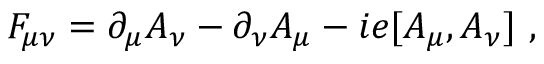
F _ { \mu \nu } = \partial _ { \mu } A _ { \nu } - \partial _ { \nu } A _ { \mu } - i e [ A _ { \mu } , A _ { \nu } ] \ ,